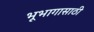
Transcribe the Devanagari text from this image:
भूभागासाठी